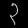
Digit: ၃